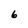
Character: 6